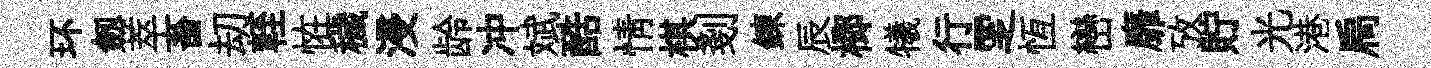
环劔萃畜刧輊恠穢浸龄冲斌酷情棋剗鍊辰榔犧行覂恆巒靡攷貯光港扃